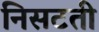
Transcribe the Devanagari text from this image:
निसटती